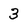
Character: 3